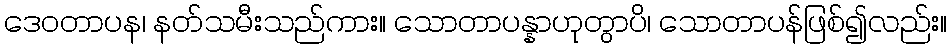
ဒေဝတာပန၊ နတ်သမီးသည်ကား။ သောတာပန္နာဟုတွာပိ၊ သောတာပန်ဖြစ်၍လည်း။